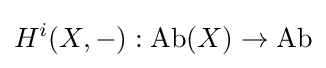
H^{i}(X,-):{\text{Ab}}(X)\to {\text{Ab}}